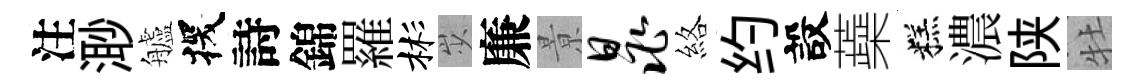
注𣺌艫探詩錦羅彬𡵯廉㬌晁絡约設蘃糕濃陕牡